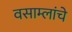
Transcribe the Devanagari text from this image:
वसाम्लांचे